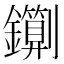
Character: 䥷